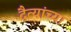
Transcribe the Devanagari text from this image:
दैत्यांच्या